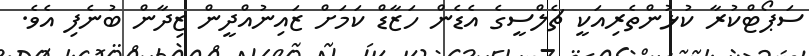
ސަޕޯޓްކުރާ ކުޅުންތެރިއަކީ ޗެލްސީގެ އެޑެން ހަޒާޑް ކަމަށް ޒައިނުއްދީން ޒިދާން ބުނެފި އެވެ.